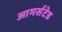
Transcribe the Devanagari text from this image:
आमर्सटेड